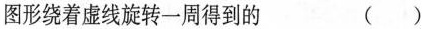
图形绕着虚线旋转一周得到的 ()